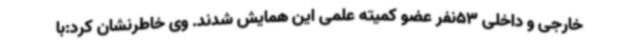
خارجی و داخلی 53نفر عضو کمیته علمی این همایش شدند. وی خاطرنشان کرد:با